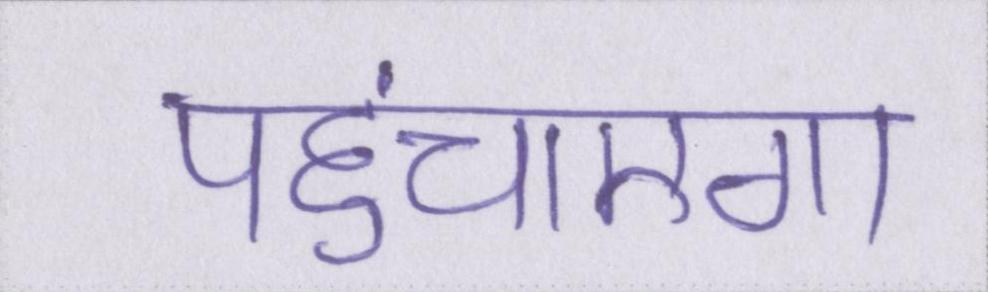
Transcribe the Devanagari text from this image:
पहुंचाएगा